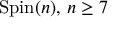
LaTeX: \operatorname { S p i n } ( n ) , \, n \geq 7